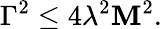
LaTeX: \Gamma^{2}\leq4\lambda^{2}\mathbf{M}^{2}.